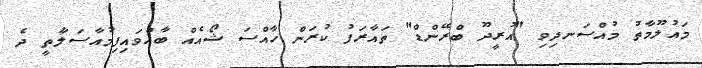
މައުލޫމާތު މުއްސަނދިވި "އުރީދޫ ބްރޭންޑް" ތައާރަފު ކުރަން ހާއްސަ ޝޯއެއް ބާއްވައިފިމުއާސަލާތީ ދެ